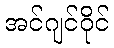
အင်ဂျင်ဝိုင်